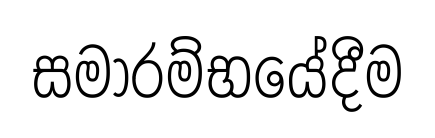
සමාරම්භයේදීම